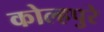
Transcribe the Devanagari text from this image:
कोल्हपुरे